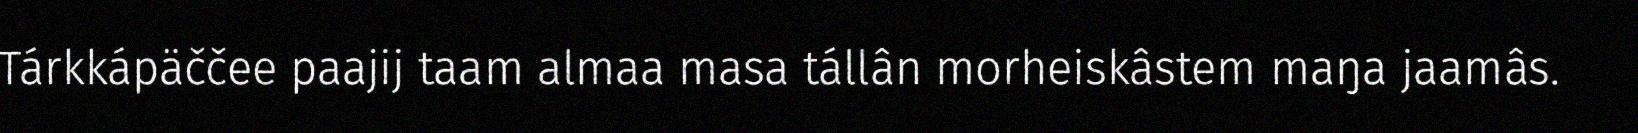
Tárkkápäččee paajij taam almaa masa tállân morheiskâstem maŋa jaamâs.